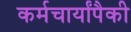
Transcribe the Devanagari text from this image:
कर्मचार्यांपैकी